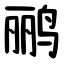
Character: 鹂